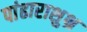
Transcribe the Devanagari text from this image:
पांढाराशुभ्र